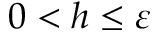
0 < h \leq \varepsilon